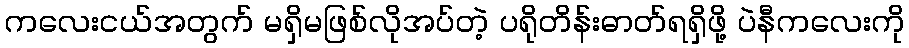
ကလေးငယ်အတွက် မရှိမဖြစ်လိုအပ်တဲ့ ပရိုတိန်းဓာတ်ရရှိဖို့ ပဲနီကလေးကို